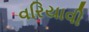
વરિયાવી